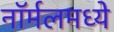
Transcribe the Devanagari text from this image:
नॉर्मलमध्ये